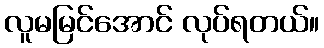
လူမမြင်အောင် လုပ်ရတယ်။